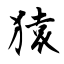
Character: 猿